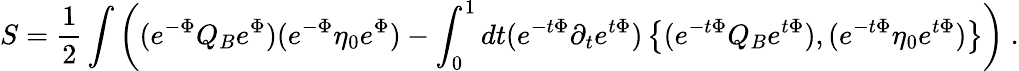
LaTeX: S=\frac{1}{2}\int\left((e^{-\Phi}Q_{B}e^{\Phi})(e^{-\Phi}\eta_{0}e^{\Phi})-\int_{0}^{1}dt(e^{-t\Phi}\partial_{t}e^{t\Phi})\left\{ (e^{-t\Phi}Q_{B}e^{t\Phi}),(e^{-t\Phi}\eta_{0}e^{t\Phi})\right\} \right)\ .